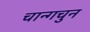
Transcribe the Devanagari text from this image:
चान्गचुन